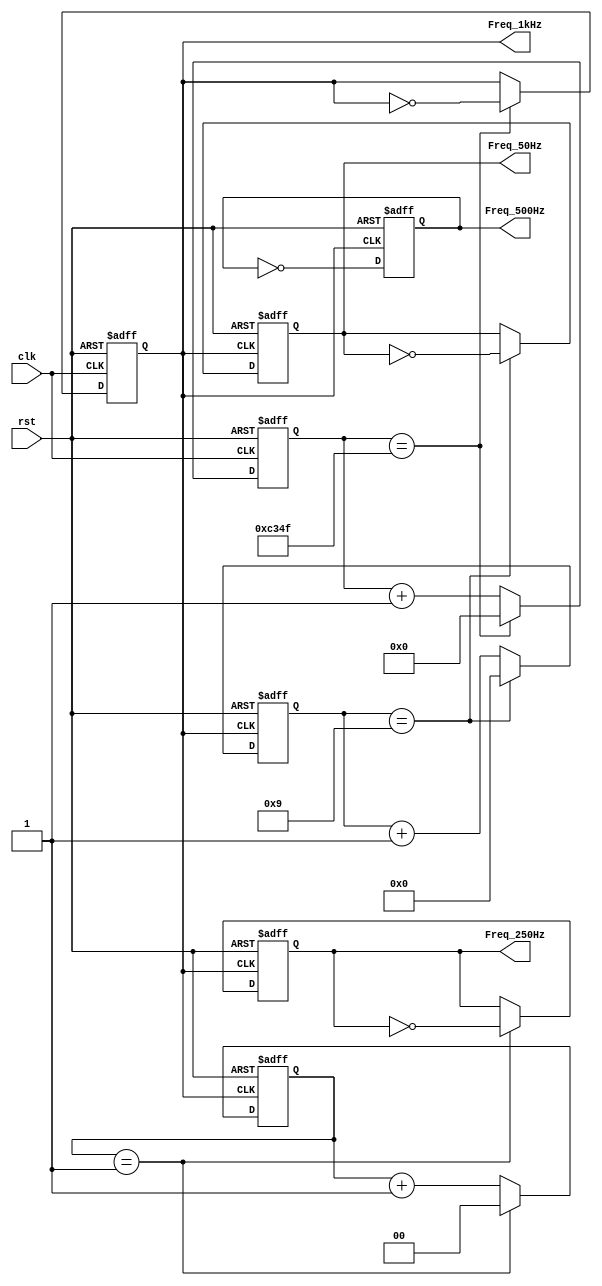
`timescale 1ns / 1ps
//////////////////////////////////////////////////////////////////////////////////
// Company: 
// Engineer: 
// 
// Design Name: 
// Module Name: FreqDiv
// Project Name: 
// Target Devices: 
// Tool Versions: 
// Description: 
// 
// Dependencies: 
// 
// Revision:
// Revision 0.01 - File Created
// Additional Comments:
// 
//////////////////////////////////////////////////////////////////////////////////


module FreqDiv(
    input wire rst,clk,
    output reg Freq_1kHz = 1'b0,
    output reg Freq_250Hz = 1'b0,
    output reg Freq_500Hz = 1'b0,
    output reg Freq_50Hz  = 1'b0
    
);
    reg [15:0] counter_1kHz = 16'd0;
    reg  [1:0] cnt_250Hz = 2'b0;
    reg  [3:0] cnt_50Hz = 4'b0;
    parameter Par_100M = 50000000;
    parameter Par_1k = 500;
    
always @ (posedge clk ,posedge rst )
begin    
    if(rst)
    begin
        counter_1kHz <= 16'd0;;
        Freq_1kHz <= 1'b0;
    end
    else if( counter_1kHz == ( Par_100M/1000 - 1) )
    begin
        Freq_1kHz <= ~Freq_1kHz;
        counter_1kHz <= 0;
    end
    else
        counter_1kHz <= counter_1kHz + 1;
end  

//250Hz
always @ (posedge Freq_1kHz ,posedge rst )
begin    
    if(rst)
    begin
        cnt_250Hz <= 2'b0;
        Freq_250Hz <= 1'b0;
    end
    else if( cnt_250Hz == ( Par_1k/250 - 1) )
    begin
        Freq_250Hz <= ~Freq_250Hz;
        cnt_250Hz <= 2'b0;
    end
    else
        cnt_250Hz <= cnt_250Hz + 1;
end  

//500Hz
always @ (posedge Freq_1kHz ,posedge rst )
begin    
    if(rst)
    begin
        Freq_500Hz <= 1'b0;
    end
    else
        Freq_500Hz = ~Freq_500Hz ;
end  


//50Hz
always @ (posedge Freq_1kHz ,posedge rst )
begin    
    if(rst)
    begin
        cnt_50Hz <=  4'b0;
        Freq_50Hz <= 1'b0;
    end
    else if( cnt_50Hz == ( Par_1k/50 - 1) )
    begin
        Freq_50Hz <= ~Freq_50Hz;
        cnt_50Hz <=  4'b0;
    end
    else
        cnt_50Hz <= cnt_50Hz + 1;
end 


endmodule